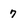
Character: 7